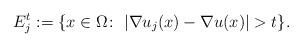
LaTeX: \begin{align*}E_{j}^{t}:=\{x\in\Omega\colon\;|\nabla u_{j}(x)-\nabla u(x)|>t\}.\end{align*}